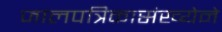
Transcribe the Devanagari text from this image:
जालपत्रिकासंख्येने